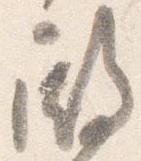
殿